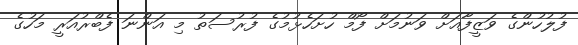
ފުލުހުންގެ ވަޒީފާއަށް ވަނުމަށް ފޯމް ހުށަހެޅުމުގެ ފުރުސަތު މި އަންނަ ފެބްރުއަރީ މަހުގެ